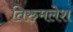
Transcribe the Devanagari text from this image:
तिरुमलेश